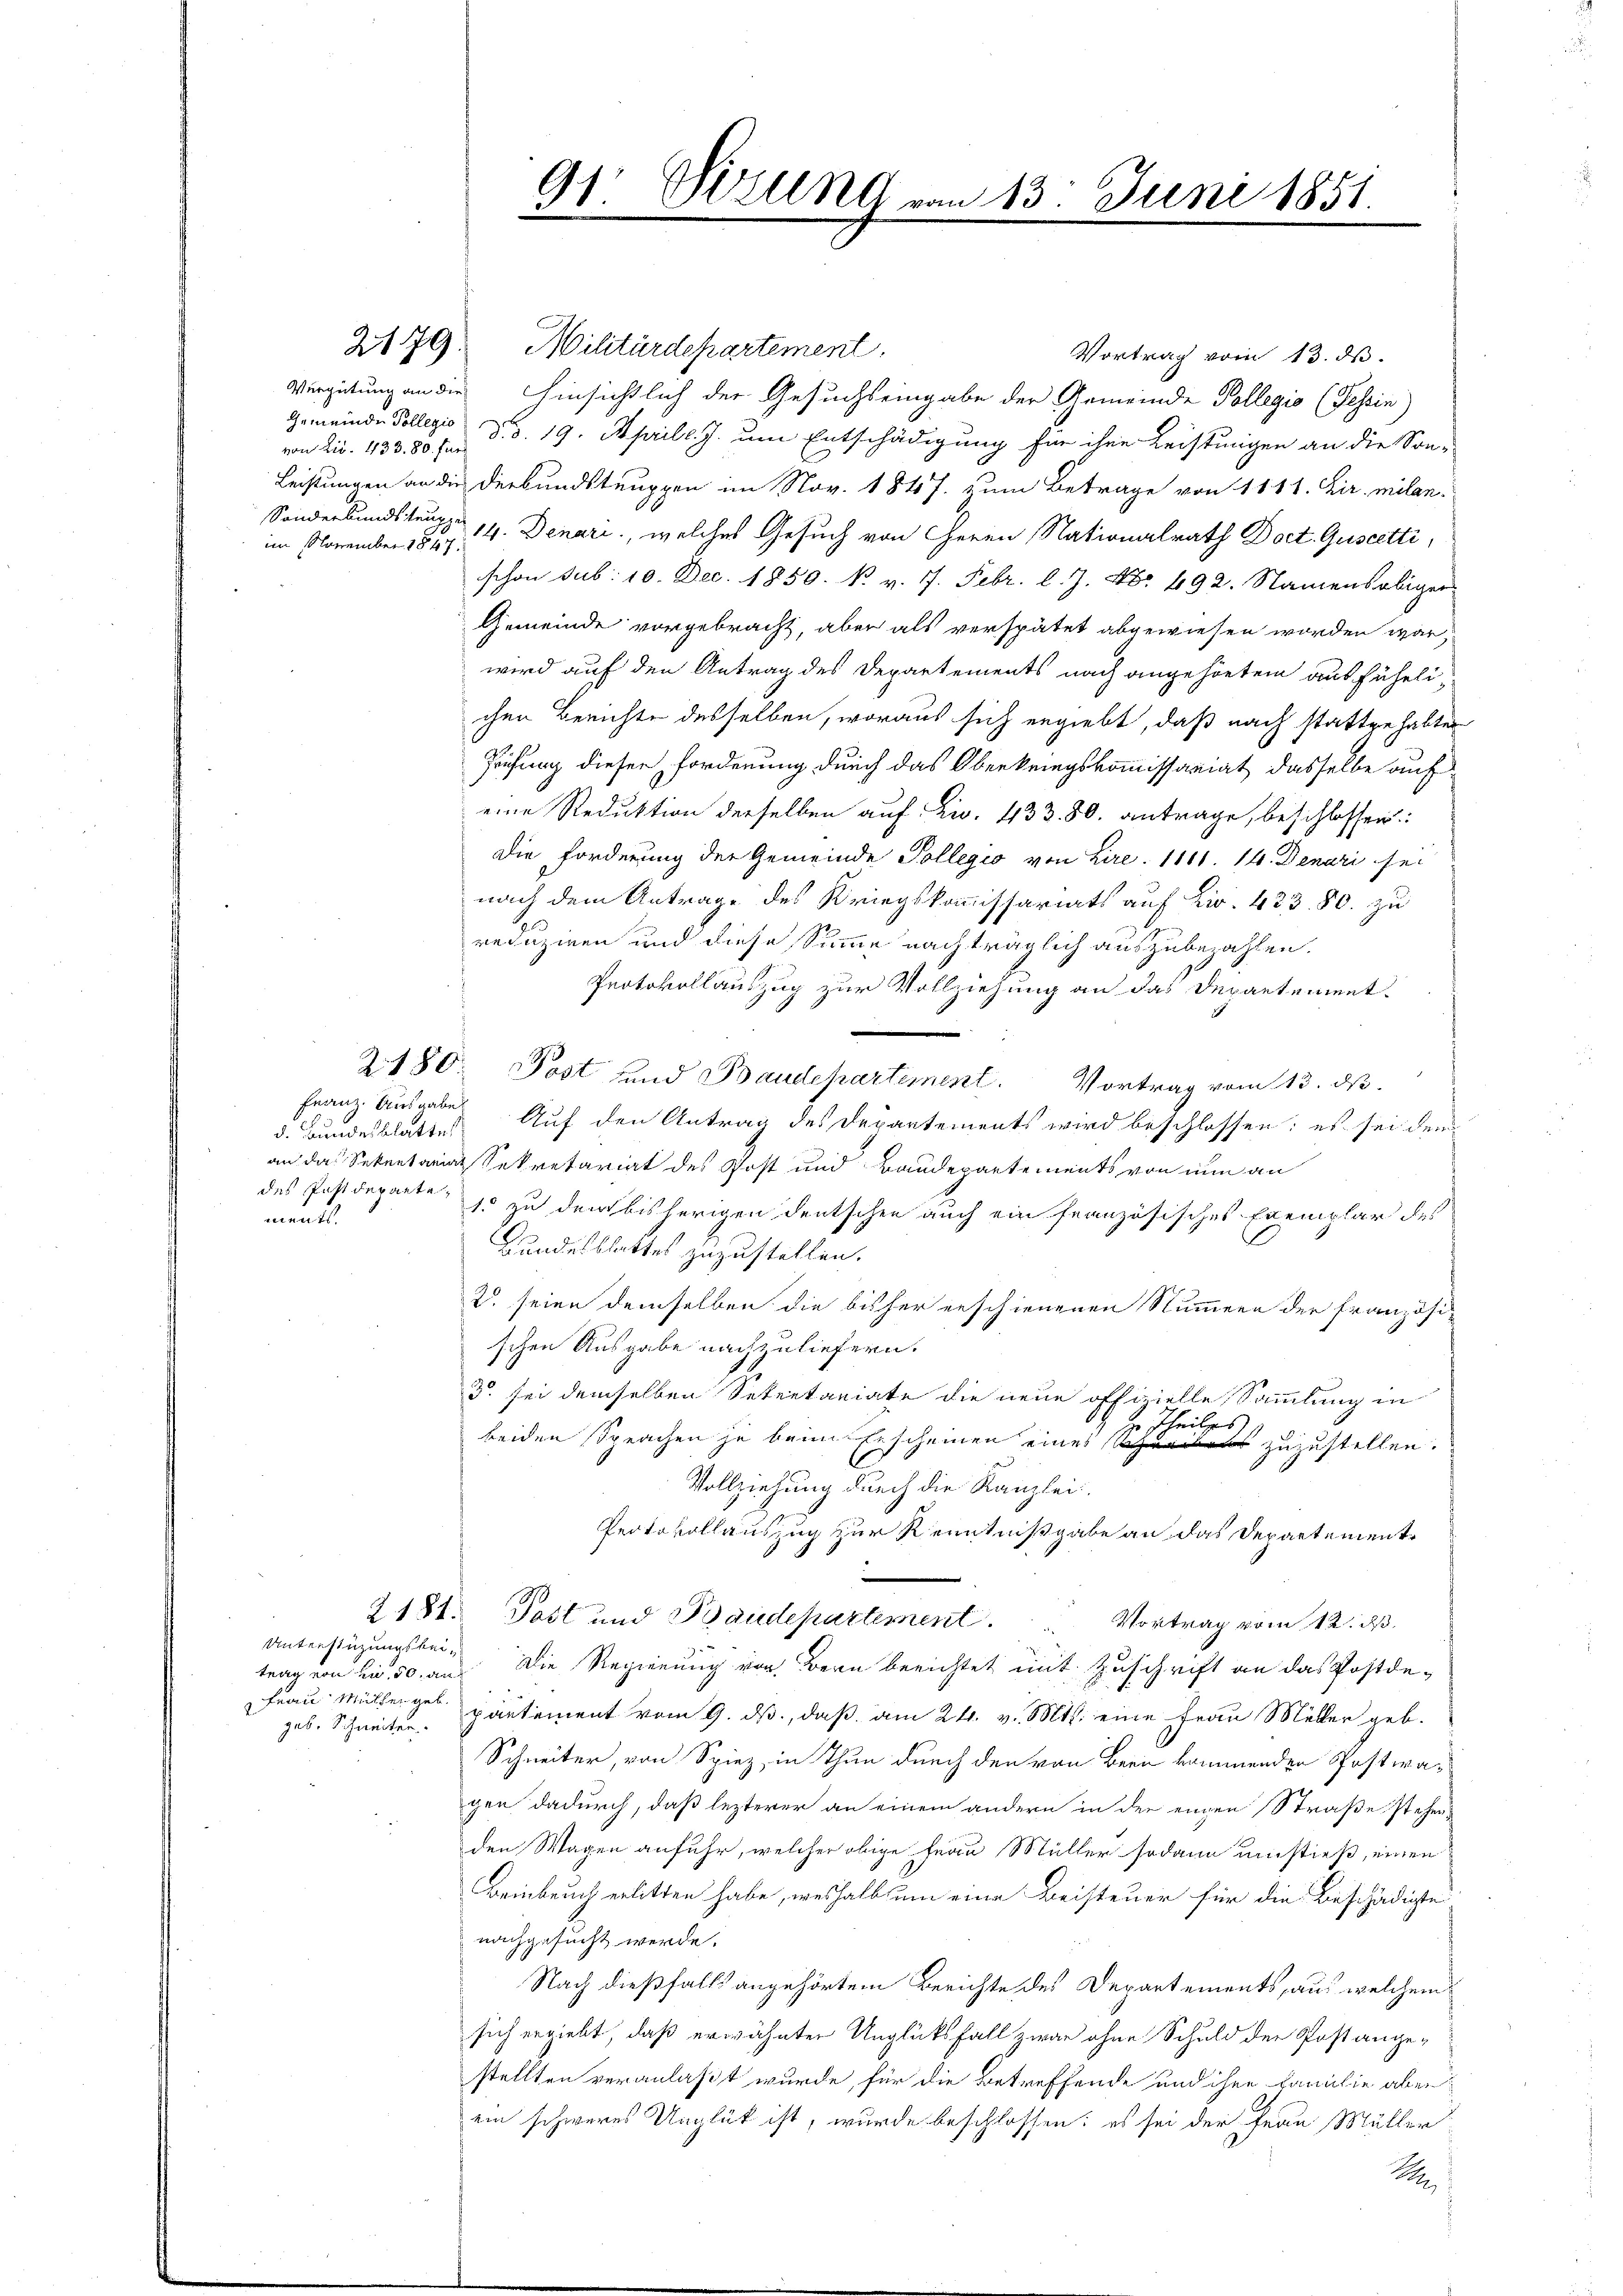
im November 1847.

von Lit. 433. 80. für

d. Bundesblatte
mentl.

Unterstüzungsbeitrag von zu 50 an
geb. Schneiter

2179. Militärdepartement
Vortrag vom 13. ds.
Vergütung an die Hinsichtlich der Gesuchseingabe der Gemeinde Pollegio (Tessin)
Gemeinde Collegio d. 19. Aprill. J. um Entschädigung für ihre Leistungen an die Son-
Leistungen an die Derbundstruppen im Nov. 1847. zum Betrage von 1111. Dir. milan-
Sonderbundsten 14. Denari, welches Gesuch von Herrn Nationalrath Doct. Guscetti,
schon sub: 10. Dec. 1850. P. v. 7. Febr. l. J. Nr. 492. Namensaliger
Gemeinde vorgebracht, aber als verspätet abgewiesen worden war,
wird auf den Antrag des Departements nach angehörtem ausführlichen Berichte desselben, woraus sich ergiebt, daß nach stattgehabten
Prüfung dieser Forderung durch das Oberkriegskommissariat dasselbe auf
eine Reduktion derselben auf Zi. 433. 80. antrage, beschlossen:
Die Forderung der Gemeinde Pollegio von Lire. 1111. 14. Denari sei
nach dem Antrage des Kriegskommissariats auf Lir. 433. 80. zu
reduziren und diese Summe nachträglich auszubezahlen.
Protokollauszug zur Vollziehung an das Departement.
2180: Post und Baudepartement. Vortrag vom 13. ds.
Franz Ausgabe Auf den Antrag des Departements wird beschlossen; es sei dem
an das Sekretariat Sekretariat des Post und Baudepartements von nun an
des Postdeparte, so zu dem bisherigen deutschen auch ein französisches Exemplar des
Bundesblattes zuzustellen.
2. seien demselben die bisher erschienenen Nummern der französi-
schen Ausgabe nachzuliefern.
3. sei demselben Setentariate die neue offizielle Sammlung in
 Theiles
beiden Sprachen je beim Erscheinen eines Schreibens zuzustellen.
Vollziehung durch die Kanzlei
Protokollauszug zur Kenntnißgabe an das Departement
2181. Post und Baudepartement.
Vortrag vom 12. ds
Die Regierung von Bern berichtet mit Zuschrift an das Postde¬
Frau Müllerges partement vom 9. ds., daß am 24. v. Mts. eine Frau Müller geb.
Schneiter, von Spiez, in Thun durch den von Bern kommenden Postwagen dadurch, daß lezterer an einem andern in der engen Straße stehen
den Wagen anfuhr, welcher obige Frau Müller sodann umstieß, einen
Beinbruch erlitten habe, weshalb um eine Beisteuer für die Beschädigte
nachgesucht werde.
Nach dießfalls angehörtem Berichte des Departements, aus welchem
sich ergiebt, daß erwähnten Unglücksfall zwar ohne Schuld der Post ange-
stellten veranlaßt wurde, für die Betreffende und ihre Familie aber
ein schweres Unglük ist, wurde beschlossen: es sei der Frau Müller
R

91 Bezung vom 13. Juni 1851.
5